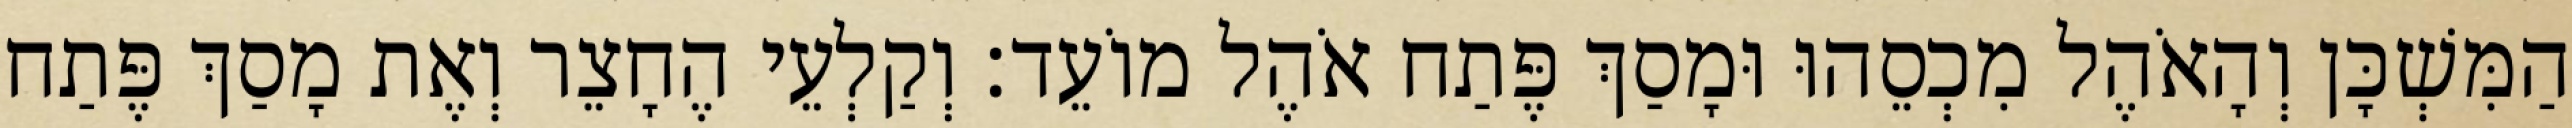
הַמִּשְׁכָּן וְהָאֹהֶל מִכְסֵהוּ וּמָסַךְ פֶּתַח אֹהֶל מוֹעֵד׃ וְקַלְעֵי הֶחָצֵר וְאֶת מָסַךְ פֶּתַח